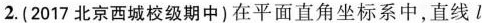
2.(2017北京西城校级期中)在平面直角坐标系中，直线l